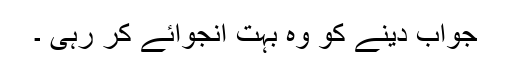
جواب دینے کو وہ بہت انجوائے کر رہی ۔